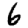
Digit: 6